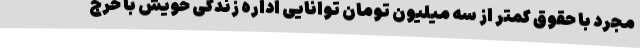
مجرد با حقوق کمتر از سه میلیون تومان توانایی اداره زندگی خویش با خرج